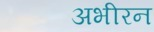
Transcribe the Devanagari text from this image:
अभीरन